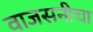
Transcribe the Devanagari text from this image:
वाजसनीचा